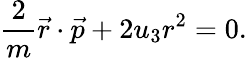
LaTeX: {\frac{2}{m}}{\vec{r}}\cdot{\vec{p}}+2u_{3}r^{2}=0.